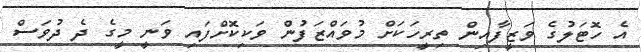
އެ ހޮޓަލުގެ ވަޒީފާއިން ތިރީހަކަށް މުވައްޒަފުން ވަކިކޮށްފައި ވަނީ މީގެ ދެ ދުވަސް